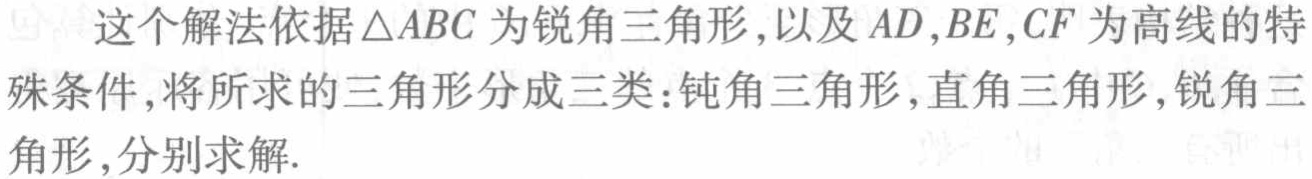
这个解法依据$\triangle ABC$为锐角三角形,以及$AD,BE,CF$为高线的特殊条件,将所求的三角形分成三类:钝角三角形,直角三角形,锐角三角形,分别求解.